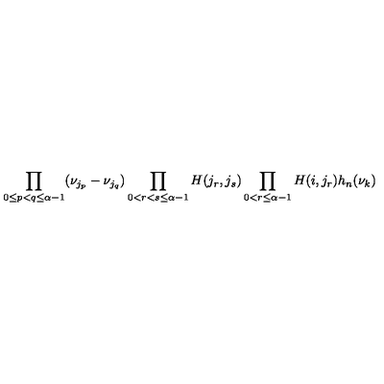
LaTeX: \prod _ { 0 \leq p < q \leq \alpha - 1 } ( \nu _ { j _ { p } } - \nu _ { j _ { q } } ) \prod _ { 0 < r < s \leq \alpha - 1 } H ( j _ { r } , j _ { s } ) \prod _ { 0 < r \leq \alpha - 1 } H ( i , j _ { r } ) h _ { n } ( \nu _ { k } )